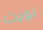
نويت